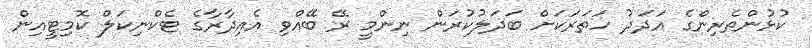
ކުޅުންތެރިންގެ އަދަދު ހަތަރަކަށް ބަދަލުކުރަން ނިންމީ ރޭ ބޭއްވި އެއިދާރާގެ ޓެކްނިކަލް ކޮމިޓީއިން